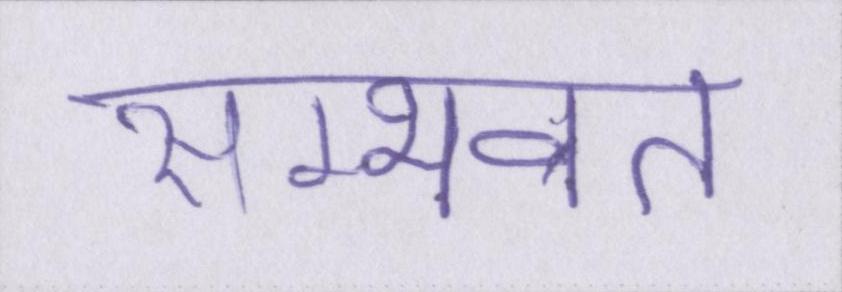
सम्भवत